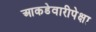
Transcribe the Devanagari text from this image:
आकडेवारीपेक्षा